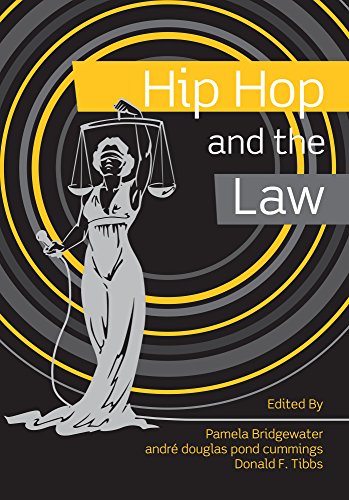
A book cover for Hip Hop and the Law; Pamela Bridgewater; Law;